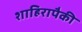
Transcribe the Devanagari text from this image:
शाहिरापैकी